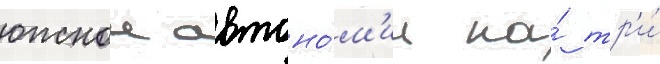
южнои автоно́м'ии на́ тр'и́